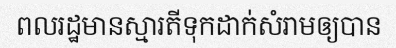
ពលរដ្ឋមានស្មារតីទុកដាក់សំរាមឲ្យបាន